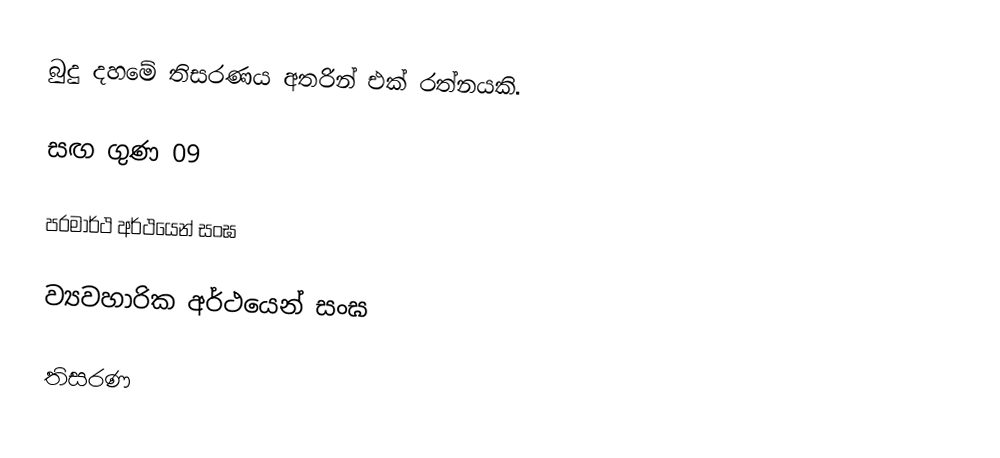
බුදු දහමේ තිසරණය අතරින් එක් රත්නයකි.

සඟ ගුණ 09

පරමාර්ථ අර්ථයෙන් සංඝ

ව්‍යවහාරික අර්ථයෙන් සංඝ

තිසරණ